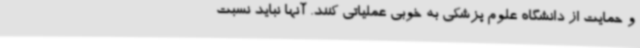
و حمایت از دانشگاه علوم پزشکی به خوبی عملیاتی کنند. آنها نباید نسبت